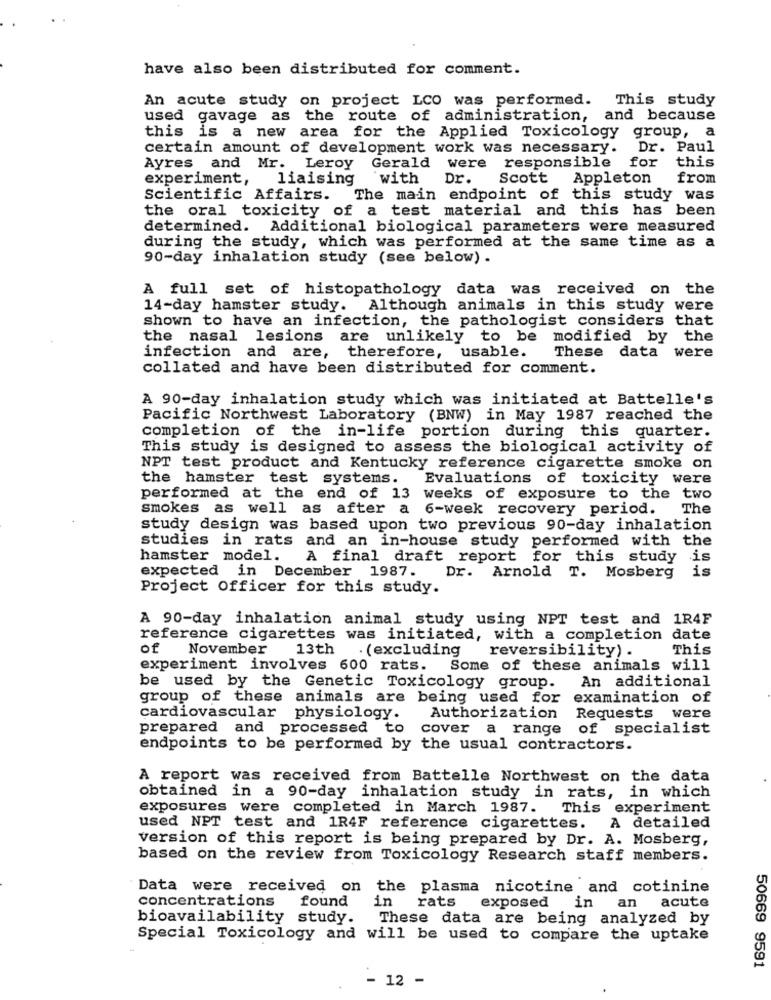
have also been distributed for comment.
An acute study on project LCO was performed. This study
used gavage as the route of administration, and because
this is a new area for the Applied Toxicology group, a
certain amount of development work was necessary.
Dr. Paul
Ayres and Mr. Leroy
Gerald were responsible for this
experiment,
liaising
with
Dr.
Scott Appleton
from
Scientific Affairs.
The main endpoint of this study was
the oral toxicity of a test material and this has been
determined. Additional biological parameters were measured
during the study, which was performed at the same time as a
90-day inhalation study (see below) .
A full set of histopathology data was received on the
14-day hamster study. Although animals in this study were
shown to have an infection, the pathologist considers that
the nasal lesions are unlikely to be modified by the
usable.
infection and are, therefore,
These data were
collated and have been distributed for comment.
A 90-day inhalation study which was initiated at Battelle's
Pacific Northwest Laboratory (BNW) in May 1987 reached the
completion of the in-life portion during this quarter.
This study is designed to assess the biological activity of
NPT test product and Kentucky reference cigarette smoke on
the hamster test systems.
Evaluations of toxicity were
performed at the end of 13 weeks of exposure to the two
smokes as well as after a 6-week recovery period.
The
study design was based upon two previous 90-day inhalation
studies in rats and an in-house study performed with the
hamster model.
A final draft report for this study is
is
expected in December 1987. Dr. Arnold T. Mosberg
Project Officer for this study.
A 90-day inhalation animal study using NPT test and 1R4F
reference cigarettes was initiated, with a completion date
of
November
13th
. (excluding
This
reversibility) .
experiment involves 600 rats. Some of these animals will
An additional
be used by the Genetic Toxicology group.
group of these animals are being used for examination of
cardiovascular physiology.
Authorization Requests were
prepared and processed to
cover a range of specialist
endpoints to be performed by the usual contractors.
A report was received from Battelle Northwest on the data
obtained in a 90-day inhalation study in rats, in which
exposures were completed in March 1987.
This experiment
used NPT test and 1R4F reference cigarettes.
A detailed
version of this report is being prepared by Dr. A. Mosberg,
based on the review from Toxicology Research staff members.
Data were received on the plasma nicotine and cotinine
concentrations
found
in
rats
exposed in an acute
bioavailability study.
These data are being analyzed by
Special Toxicology and will be used to compare the uptake
50669 9591
- 12 -